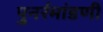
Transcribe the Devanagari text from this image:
पुनर्रमांडणी